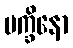
ပက္ခိနော